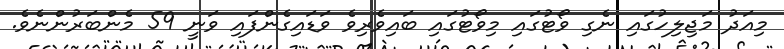
މިއަދު މަޖިލިހުގައި ނެގި ވޯޓުގައި މިވޯޓުގައި ބައިވެރިވެ ވަޑައިގެންފައި ވަނީ 59 މެންބަރުންނެވެ.